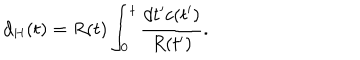
LaTeX: d _ { H } ( t ) = R ( t ) \int _ { 0 } ^ { t } \frac { d t ^ { \prime } c ( t ^ { \prime } ) } { R ( t ^ { \prime } ) } .